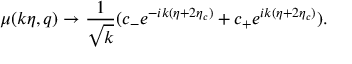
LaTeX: \mu ( k \eta , q ) \rightarrow \frac { 1 } { \sqrt { k } } ( c _ { - } e ^ { - i k ( \eta + 2 \eta _ { c } ) } + c _ { + } e ^ { i k ( \eta + 2 \eta _ { c } ) } ) .